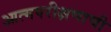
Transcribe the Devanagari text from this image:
आत्मपरीक्षणाची